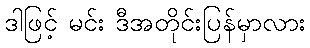
ဒါဖြင့် မင်း ဒီအတိုင်းပြန်မှာလား